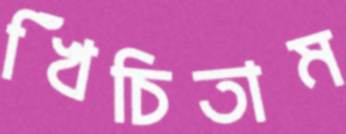
খিঁচিতাম